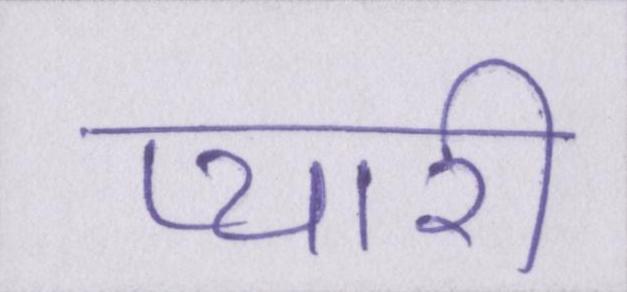
प्यारी